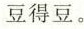
豆得豆。